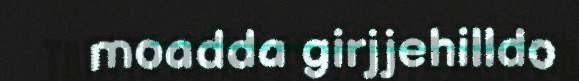
moadda girjjehilldo